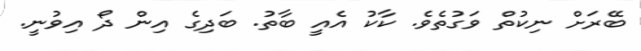
ބޭރަށް ނިކުތް ވަގުތެވެެ. ކާކު އެއީ ބާތު. ބަދިގެ އިން ދޯ އިވުނީ.